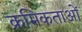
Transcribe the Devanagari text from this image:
क्रमिकताओं